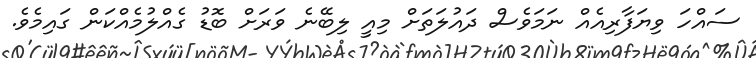
ސައްހަ ވިޔަފާރިއެއް ނަމަވެސް ދައުލަތަށް މިއީ ލިބޭނެ ވަރަށް ބޮޑު ގެއްލުމެއްކަން ގައިމެވެ.